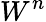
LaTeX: W^{n}